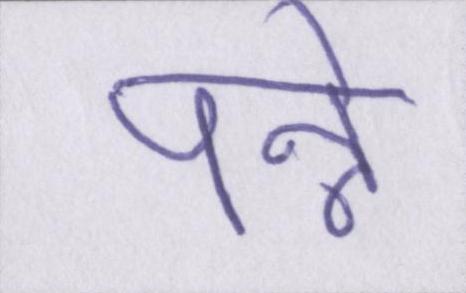
पन्ने